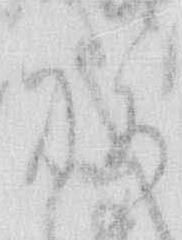
祝